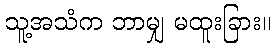
သူ့အသံက ဘာမျှ မထူးခြား။